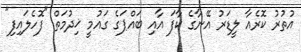
އުތުރު ކޮރެއާ ލީޑަރު އޭނާގެ ކާފަ އާއި ބައްޕަގެ ގައުމީ ޚިދުމަތް "ފޮހެލައިފި"